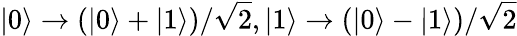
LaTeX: |0\rangle\rightarrow(|0\rangle+|1\rangle)/\sqrt{2},|1\rangle\rightarrow(|0\rangle-|1\rangle)/\sqrt{2}